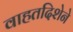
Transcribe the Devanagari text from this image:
वाहतदिशेने